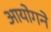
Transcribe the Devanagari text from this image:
आयोगने